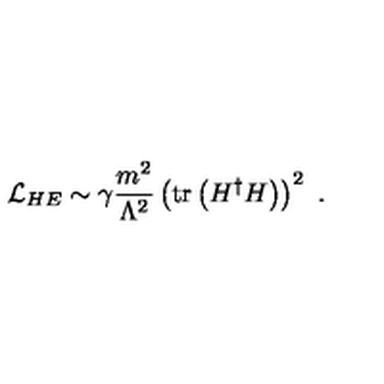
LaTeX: { \cal L } _ { H E } \sim \gamma { \frac { m ^ { 2 } } { \Lambda ^ { 2 } } } \left( \mathrm { t r } \left( H ^ { \dag } H \right) \right) ^ { 2 } \ .